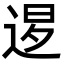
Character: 𨓆